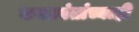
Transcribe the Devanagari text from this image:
कलावंतांच्याही